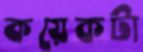
কয়েকটা